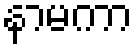
နာမကာ